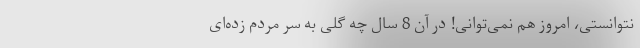
نتوانستی، امروز هم نمی‌توانی! در آن 8 سال چه گُلی به سر مردم زده‌ای